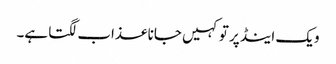
ویک اینڈ پر تو کہیں جانا عذاب لگتا ہے۔